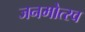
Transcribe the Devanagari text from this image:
जनमोत्स्व